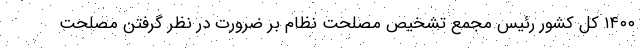
۱۴۰۰ کل کشور رئیس مجمع تشخیص مصلحت نظام بر ضرورت در نظر گرفتن مصلحت